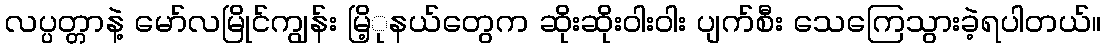
လပ္ပတ္တာနဲ့ မော်လမြိုင်ကျွန်း မြိ့ုနယ်တွေက ဆိုးဆိုးဝါးဝါး ပျက်စီး သေကြေသွားခဲ့ရပါတယ်။